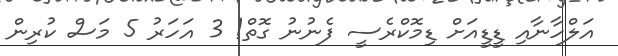
އަލްހާނާއި ޑީޑީއަށް ޑިމޮކްރެސީ ފެނުނު ގޮތް! 3 އަހަރު 5 މަސް ކުރިން